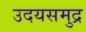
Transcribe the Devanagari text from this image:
उदयसमुद्र